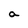
Character: a